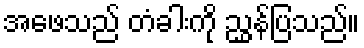
အဖေသည် တံခါးကို ညွှန်ပြသည်။